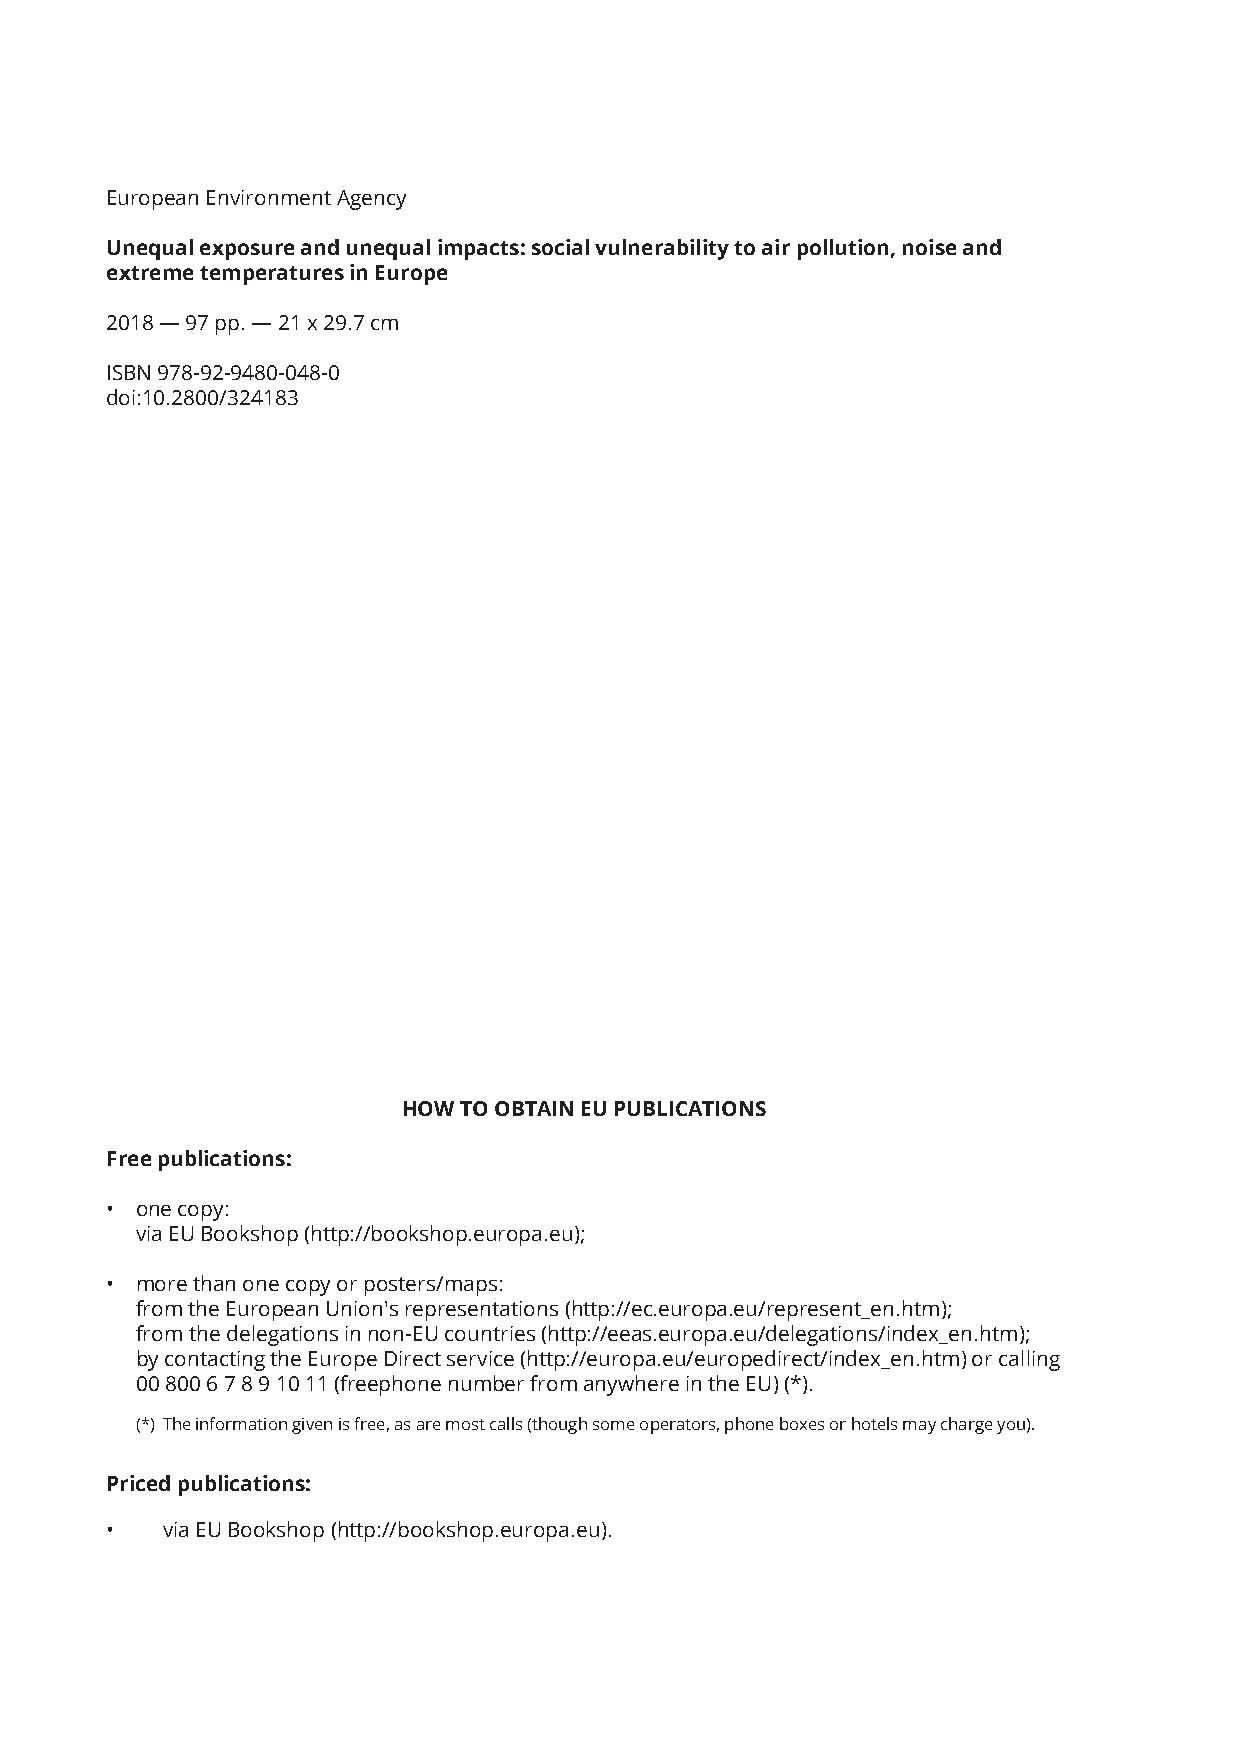
European Environment Agency
 Unequal exposure and unequal impacts: social vulnerability to air pollution, noise and
 extreme temperatures in Europe
 2018 — 97 pp. — 21 x 29.7 cm
 ISBN 978-92-9480-048-0
 doi:10.2800/324183
 HOW TO OBTAIN EU PUBLICATIONS
 Free publications:
 • one copy:
 via EU Bookshop (http://bookshop.europa.eu);
 • more than one copy or posters/maps:
 from the European Union's representations (http://ec.europa.eu/represent_en.htm);
 from the delegations in non-EU countries (http://eeas.europa.eu/delegations/index_en.htm);
 by contacting the Europe Direct service (http://europa.eu/europedirect/index_en.htm) or calling
 00 800 6 7 8 9 10 11 (freephone number from anywhere in the EU) (*).
 (*) The information given is free, as are most calls (though some operators, phone boxes or hotels may charge you).
 Priced publications:
 •   via EU Bookshop (http://bookshop.europa.eu).